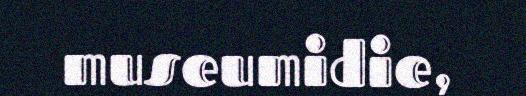
museumidie,